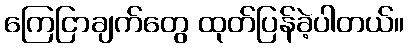
ကြေငြာချက်တွေ ထုတ်ပြန်ခဲ့ပါတယ်။